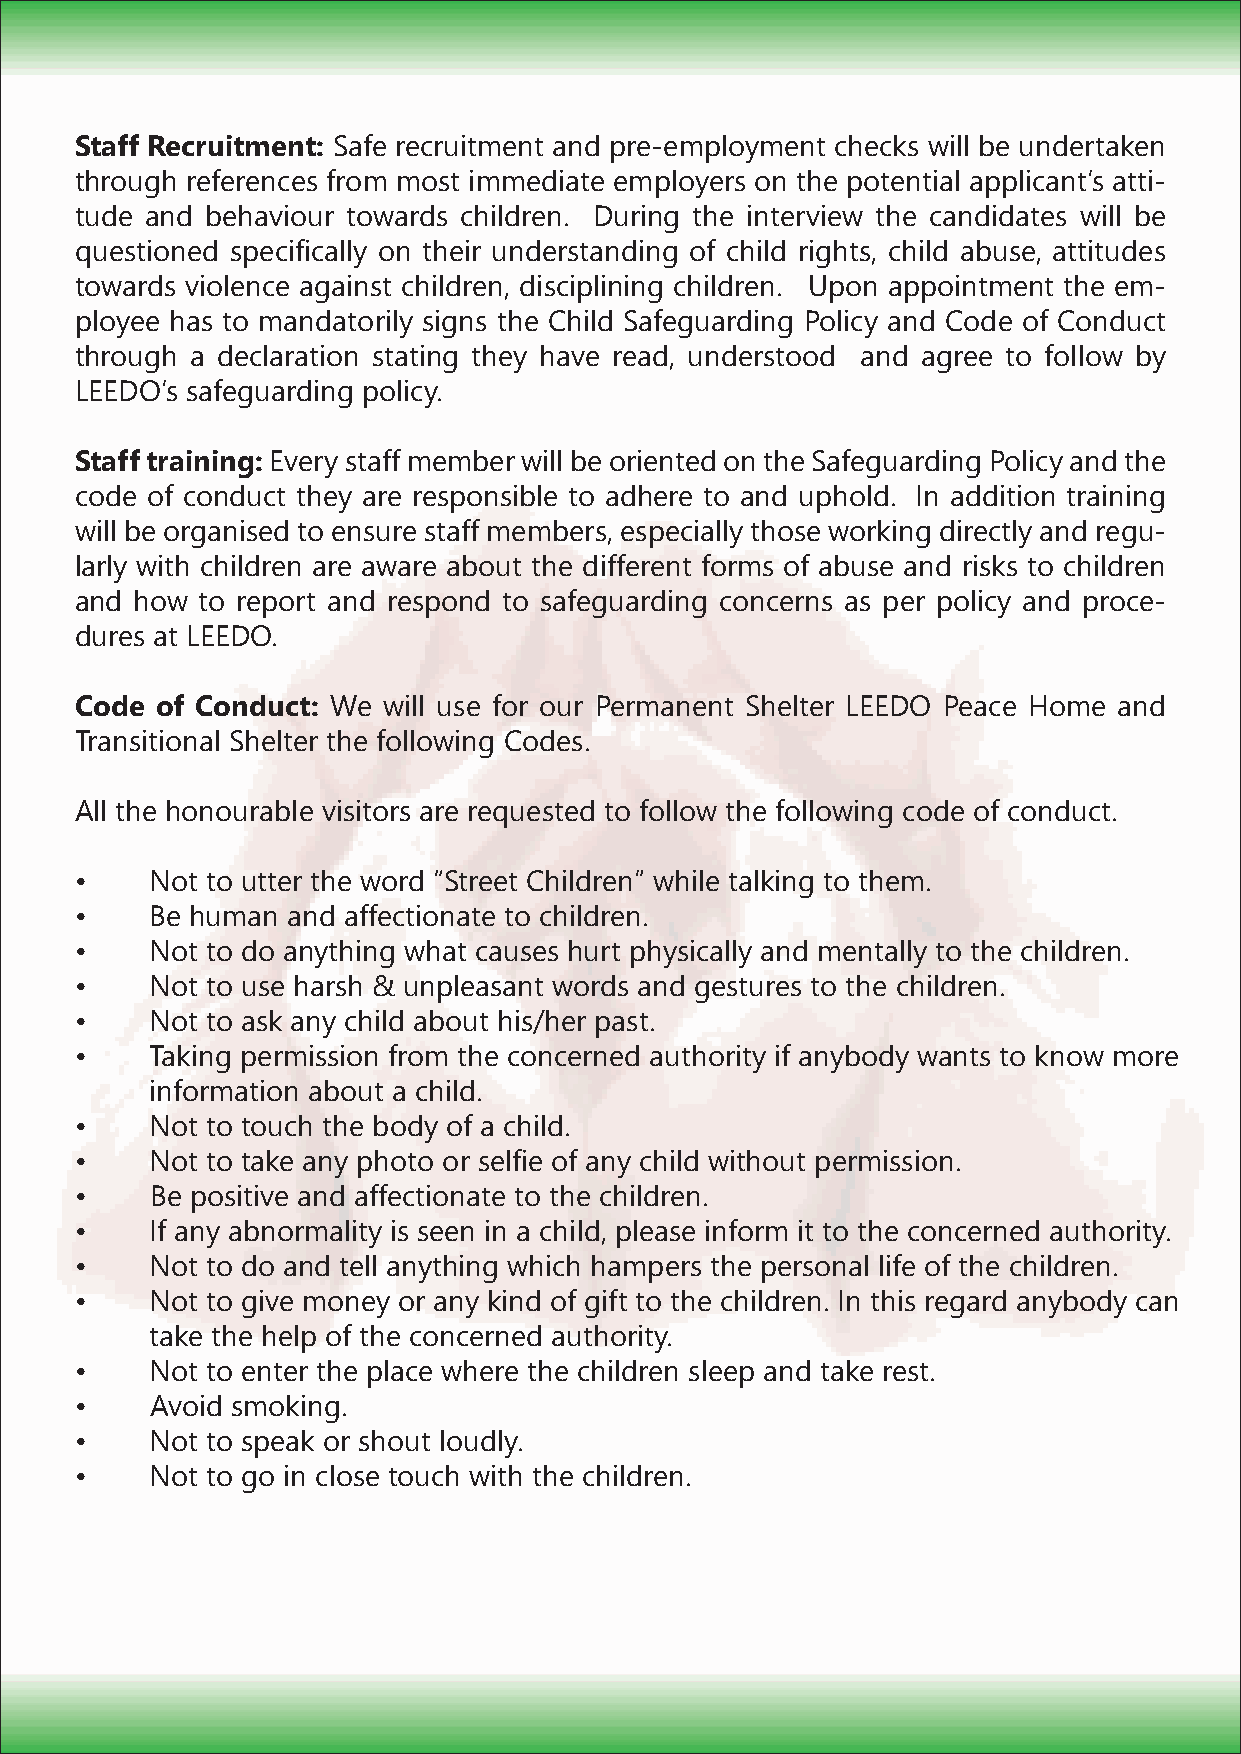
Staff Recruitment: Safe recruitment and pre-employment checks will be undertaken
 through references from most immediate employers on the potential applicantʼs atti-
 tude and behaviour towards children. During the interview the candidates will be
 questioned specifically on their understanding of child rights, child abuse, attitudes
 towards violence against children, disciplining children. Upon appointment the em-
 ployee has to mandatorily signs the Child Safeguarding Policy and Code of Conduct
 through a declaration stating they have read, understood and agree to follow by
 LEEDOʼs safeguarding policy.
 Staff training: Every staff member will be oriented on the Safeguarding Policy and the
 code of conduct they are responsible to adhere to and uphold. In addition training
 will be organised to ensure staff members, especially those working directly and regu-
 larly with children are aware about the different forms of abuse and risks to children
 and how to report and respond to safeguarding concerns as per policy and proce-
 dures at LEEDO.
 Code of Conduct: We will use for our Permanent Shelter LEEDO Peace Home and
 Transitional Shelter the following Codes.
 All the honourable visitors are requested to follow the following code of conduct.
 •    Not to utter the word “Street Children” while talking to them.
 •    Be human and affectionate to children.
 •    Not to do anything what causes hurt physically and mentally to the children.
 •    Not to use harsh & unpleasant words and gestures to the children.
 •    Not to ask any child about his/her past.
 •    Taking permission from the concerned authority if anybody wants to know more
 information about a child.
 •    Not to touch the body of a child.
 •    Not to take any photo or selfie of any child without permission.
 •    Be positive and affectionate to the children.
 •    If any abnormality is seen in a child, please inform it to the concerned authority.
 •    Not to do and tell anything which hampers the personal life of the children.
 •    Not to give money or any kind of gift to the children. In this regard anybody can
 take the help of the concerned authority.
 •    Not to enter the place where the children sleep and take rest.
 •    Avoid smoking.
 •    Not to speak or shout loudly.
 •    Not to go in close touch with the children.